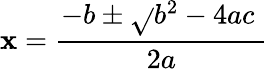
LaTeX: \mathbf{x}={\frac{{-b\pm{\sqrt{}{{b^{2}-4ac\ }}}}}{{2a}}}